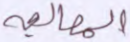
المعالجة